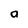
Character: a